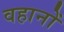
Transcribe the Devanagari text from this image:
वहानों